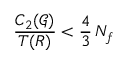
\frac { C _ { 2 } ( \mathcal G ) } { T ( R ) } < \frac { 4 } { 3 } \, N _ { f }